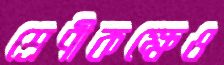
শ্রেণীকক্ষেও